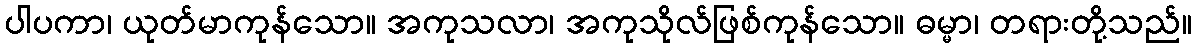
ပါပကာ၊ ယုတ်မာကုန်သော။ အကုသလာ၊ အကုသိုလ်ဖြစ်ကုန်သော။ ဓမ္မာ၊ တရားတို့သည်။